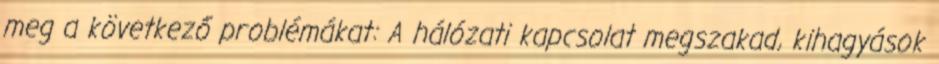
meg a következő problémákat: A hálózati kapcsolat megszakad, kihagyások